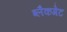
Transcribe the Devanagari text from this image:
ब्लैकगेट